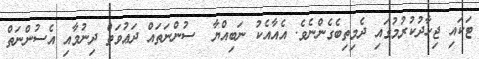
ޓަކައި ޖިހާދުކުރުމުގައި ދެމިތިބެގެންނެވެ. އެއާއެކު ނަބިއްޔާ  ސުންނަތައް ދަޢުވަތް ދިނުމާއި އެސުންނަތް